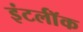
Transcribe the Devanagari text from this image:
इंटर्लॉक